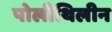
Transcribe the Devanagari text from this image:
पोलीथिलीन